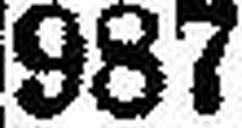
987